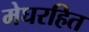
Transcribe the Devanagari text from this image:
मेघरहित